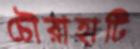
চৌরাহাটি